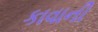
કાવાની